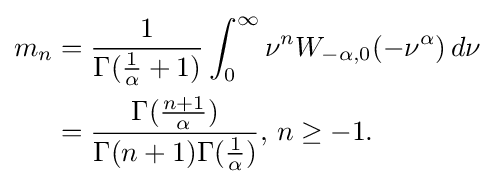
{\begin{aligned}m_{n}&={\frac {1}{\Gamma ({\frac {1}{\alpha }}+1)}}\int _{0}^{\infty }\nu ^{n}W_{-\alpha ,0}(-\nu ^{\alpha })\,d\nu \\&={\frac {\Gamma ({\frac {n+1}{\alpha }})}{\Gamma (n+1)\Gamma ({\frac {1}{\alpha }})}},\,n\geq -1.\\\end{aligned}}